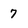
Character: 7